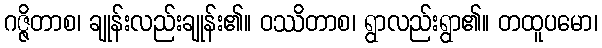
ဂဇ္ဇိတာစ၊ ချုန်းလည်းချုန်း၏။ ဝဿိတာစ၊ ရွာလည်းရွာ၏။ တထူပမော၊